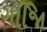
ગજાિિ